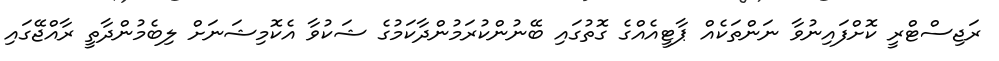
ރަޖިސްޓްރީ ކޮށްފައިނުވާ ނަންތަކެއް ޕާޓީއެއްގެ ގޮތުގައި ބޭނުންކުރަމުންދާކަމުގެ ޝަކުވާ އެކޮމިޝަނަށް ލިބެމުންދާތީ ރާއްޖޭގައި